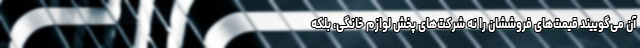
آن می‌گوییند قیمت‌های فروششان را نه شرکت‌های پخش لوازم خانگی، بلکه